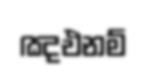
ඤඑනම්